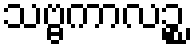
သဗ္ဗကာလဉ္စ